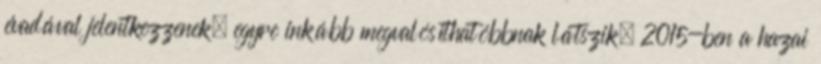
évadával jelentkezzenek, egyre inkább megvalósíthatóbbnak látszik. 2015-ben a hazai